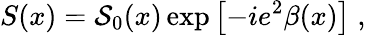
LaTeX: S(x)={\cal S}_{0}(x)\exp\left[-ie^{2}\beta(x)\right]\; ,